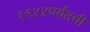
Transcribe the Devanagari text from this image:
१९४४पर्यंतची